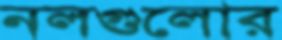
নলগুলোর